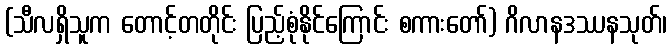
(သီလရှိသူက တောင့်တတိုင်း ပြည့်စုံနိုင်ကြောင်း စကားတော်) ဂိလာနဒဿနသုတ်၊